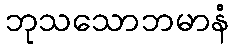
ဘုသသောဘမာနံ